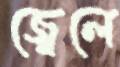
জ্বেলে